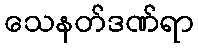
သေနတ်ဒဏ်ရာ